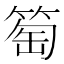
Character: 𥮽